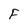
Character: F